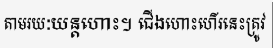
តាមរយៈយន្តហោះ។ ជើងហោះហើរនេះត្រូវ